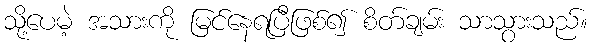
သို့ပေမဲ့ အသားကို မြင်နေရပြီဖြစ်၍ စိတ်ချမ်း သာသွားသည်။